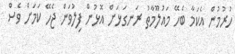
ހުރުމުން އެކަމާ ބެހޭ މައުލޫމާތު ރަނގަޅަށް އޮޅުން ފިލުވަން ޖެހޭ ކަމަށް ވެސް